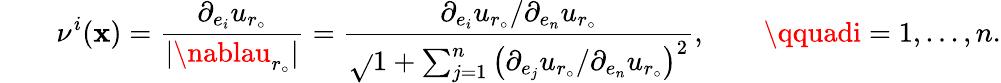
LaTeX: \qquad\nu^{i}(\mathbf{x})=\frac{{\partial_{e_{i}}u_{r_{\circ}}}}{{|\nablau_{r_{\circ}}|}}=\frac{{\partial_{e_{i}}u_{r_{\circ}}/\partial_{e_{n}}u_{r_{\circ}}}}{{\sqrt{}{{1+\sum_{j=1}^{n}\left(\partial_{e_{j}}u_{r_{\circ}}/\partial_{e_{n}}u_{r_{\circ}}\right)^{2}}}}},\qquad\qquadi=1,...,n.